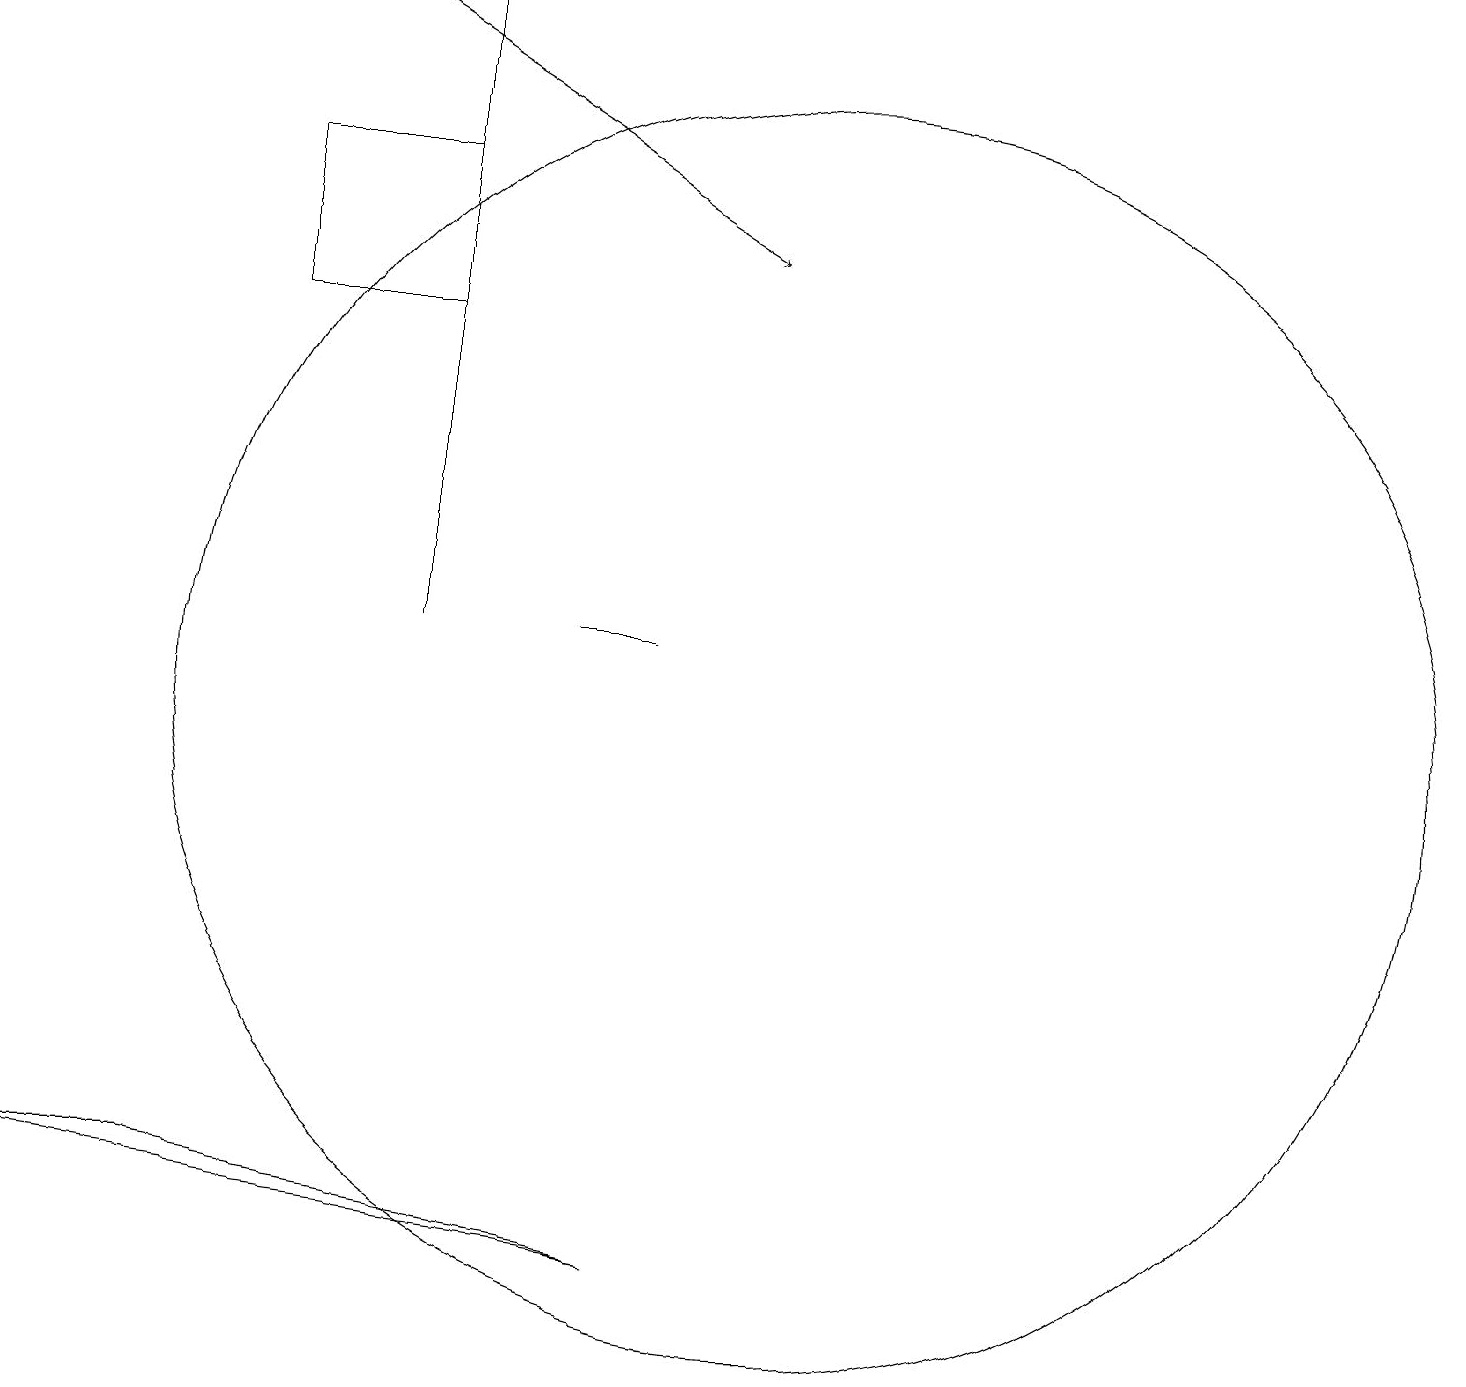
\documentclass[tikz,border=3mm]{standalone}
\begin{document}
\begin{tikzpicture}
\draw[->] (4,19) -- (9,16);
\draw[->] (5,11) -- (5,19);
\draw (8,11) rectangle (7,11);
\draw (3,17) rectangle (5,15);
\draw (10,10) circle (8);
\draw (8,3) -- (0,4) -- (2,4) -- cycle;
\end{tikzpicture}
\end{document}